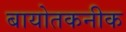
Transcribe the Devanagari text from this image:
बायोतकनीक